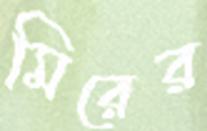
মিরের